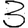
Digit: 3